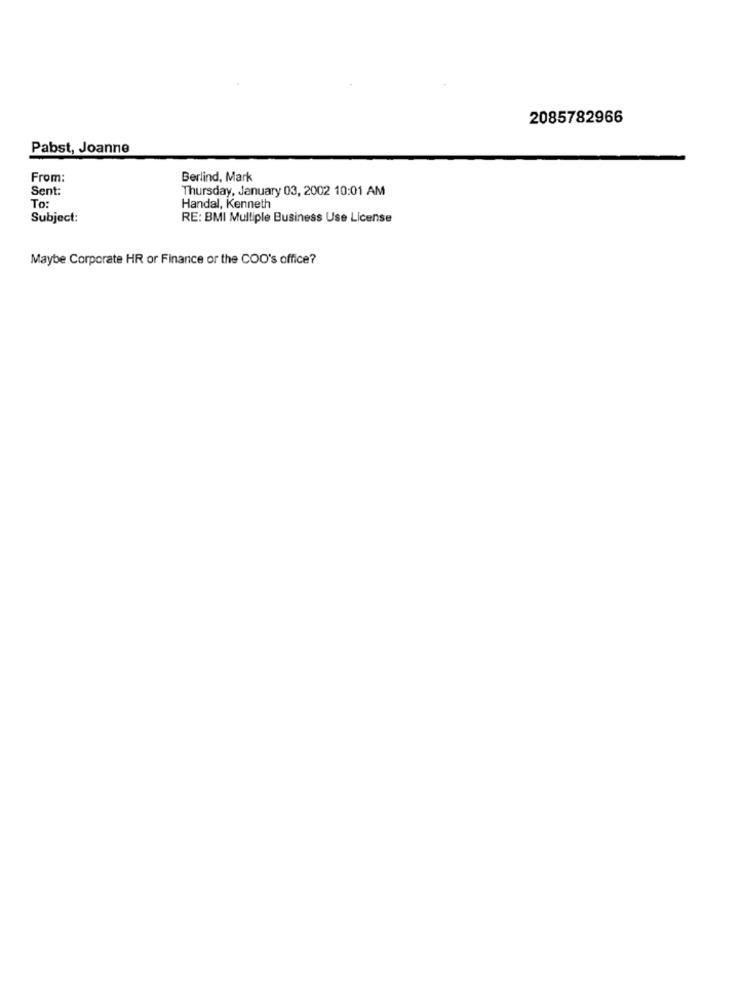
2085782966
Pabst, Joanne
From:
Berlind, Mark
Sent:
Thursday, January 03, 2002 10:01 AM
To:
Handal, Kenneth
Subject:
RE: BMI Multiple Business Use License
Maybe Corporate HR or Finance or the COO's office?